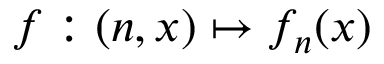
f : ( n , x ) \mapsto f _ { n } ( x )